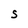
Character: S